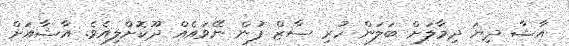
އާޝާ ދިޔަ ދިމާލަށް ބަލަން ހުރި ސާޒް ފުން ނޭވައެއް ދޫކޮށްލިއެވެ. އާޝާއަށް